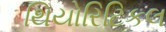
થિયોરિટિકલ